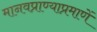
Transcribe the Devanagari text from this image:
मानवप्राण्याप्रमाणें